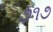
૭૧૭